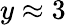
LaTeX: y\approx 3